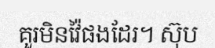
គួរមិនវ៉ៃផងដែរ។ ស៊ុប